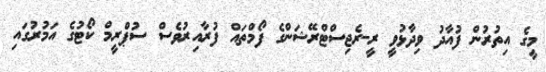
މީގެ އިތުރުން ފުއާދު ވިދާޅުވީ ރީ-ރެޖިސްޓްރޭޝަންގެ ފޯމްތައް ފުރާއިރުވެސް ސުޕްރީމް ކޯޓުގެ އަމުރުގައި